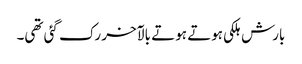
بارش ہلکی ہوتے ہوتے بالآخر رک گئی تھی۔